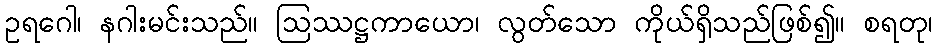
ဥရဂေါ၊ နဂါးမင်းသည်။ ဩဿဋ္ဌကာယော၊ လွတ်သော ကိုယ်ရှိသည်ဖြစ်၍။ စရတု၊